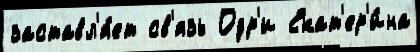
заставл'я́ет св'язь Одр'и Екат'ер'и́на